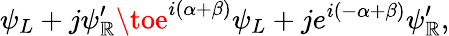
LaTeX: \psi_{L}+j\psi_{\mathbb{R}}^{\prime}\toe^{i(\alpha+\beta)}\psi_{L}+je^{i(-\alpha+\beta)}\psi_{\mathbb{R}}^{\prime},